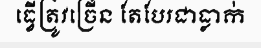
ធ្វើត្រូវច្រើន តែបែរជាធ្លាក់